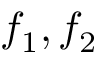
f _ { 1 } , f _ { 2 }